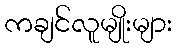
ကချင်လူမျိုးများ